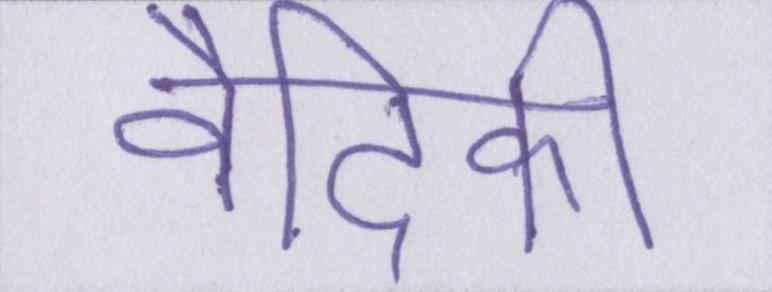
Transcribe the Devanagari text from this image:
वैदिकी